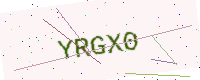
Text: YRGX0